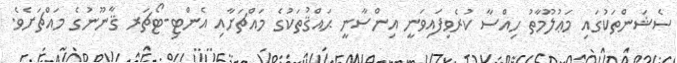
ސެޝަންތަކުގައި މަޢުލޫމާތު ހިއްސާ ކުރެވިފައިވަނީ އިންސާނީ ޙައްޤުތަކުގެ މައްޗަށާއި އެންޓި-ޓޯޗަރ ޤާނޫނުގެ މައްޗަށެވެ.